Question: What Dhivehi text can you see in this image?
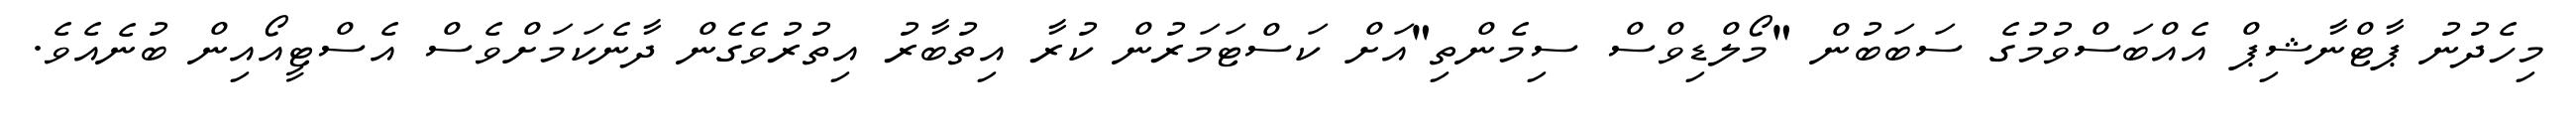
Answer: މިހެދުނު ޕާޓްނާޝިޕް އެއްބަސްވުމުގެ ސަބަބުން "މޯލްޑިވްސް ސިމެންތި"އަށް ކަސްޓަމަރުން ކުރާ އިތުބާރު އިތުރުވެގެން ދާނެކަމަށްވެސް އެސްޓީއޯއިން ބުނެއެވެ.